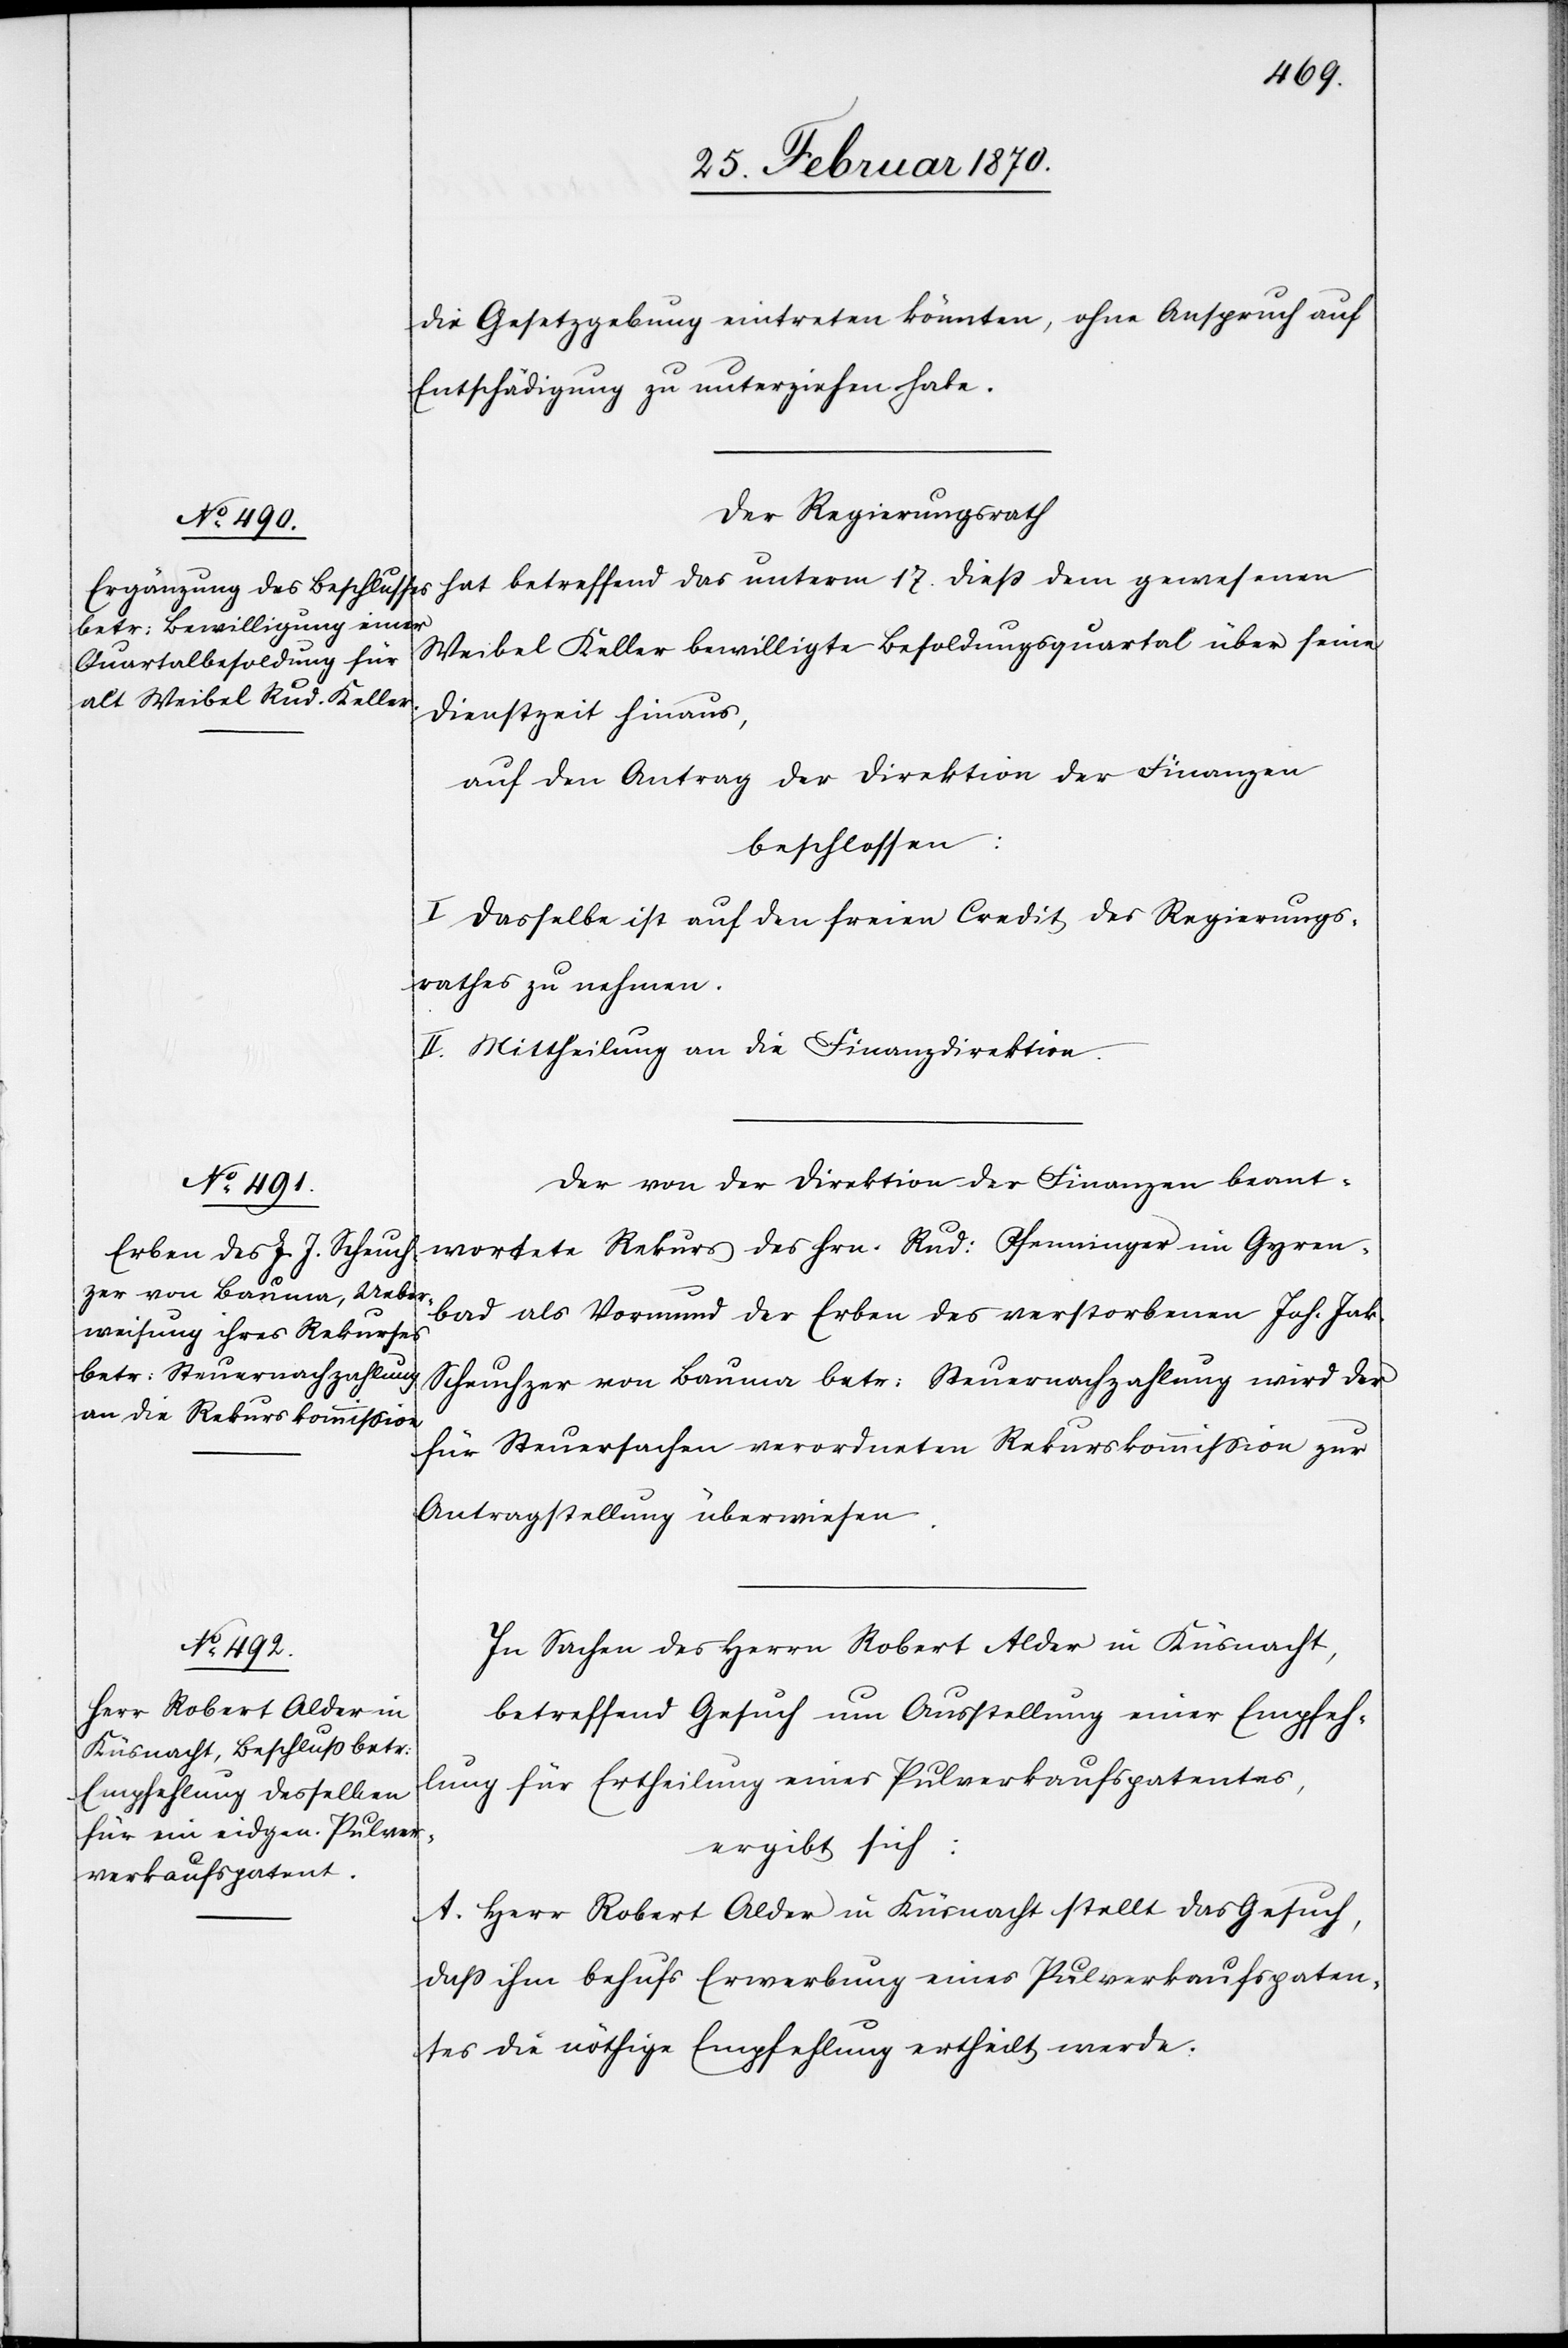
die Gesetzgebung eintreten könnten, ohne Anspruch auf
Entschädigung zu unterziehen habe.
Der Regierungsrath
hat betreffend das unterm 17. dieß dem gewesenen
Weibel Keller bewilligte Besoldungsquartal über seine
Dienstzeit hinaus,
auf den Antrag der Direktion der Finanzen
beschlossen:
I. Dasselbe ist auf den freien Credit des Regierungs¬
rathes zu nehmen.
II. Mittheilung an die Finanzdirektion.
Der von der Direktion der Finanzen beant¬
wortete Rekurs des Hrn. Rud: Pfenninger im Gyren¬
bad als Vormund der Erben des verstorbenen Joh. Jak.
Scheuchzer von Bauma betr: Steuernachzahlung wird der
für Steuersachen verordneten Rekurskommißion zur
Antragstellung überwiesen.
In Sachen des Herrn Robert Alder in Küsnacht,
betreffend Gesuch um Ausstellung einer Empfeh¬
lung für Ertheilung eines Pulververkaufspatentes,
ergibt sich:
A. Herr Robert Alder in Küsnacht stellt das Gesuch,
daß ihm behufs Erwerbung eines Pulververkaufspaten¬
tes die nöthige Empfehlung ertheilt werde.